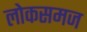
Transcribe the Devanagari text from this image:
लोकसमज